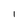
Character: 1